Mental hospitals Bombay report 1929-33 - 1929-1933
Year: 1929
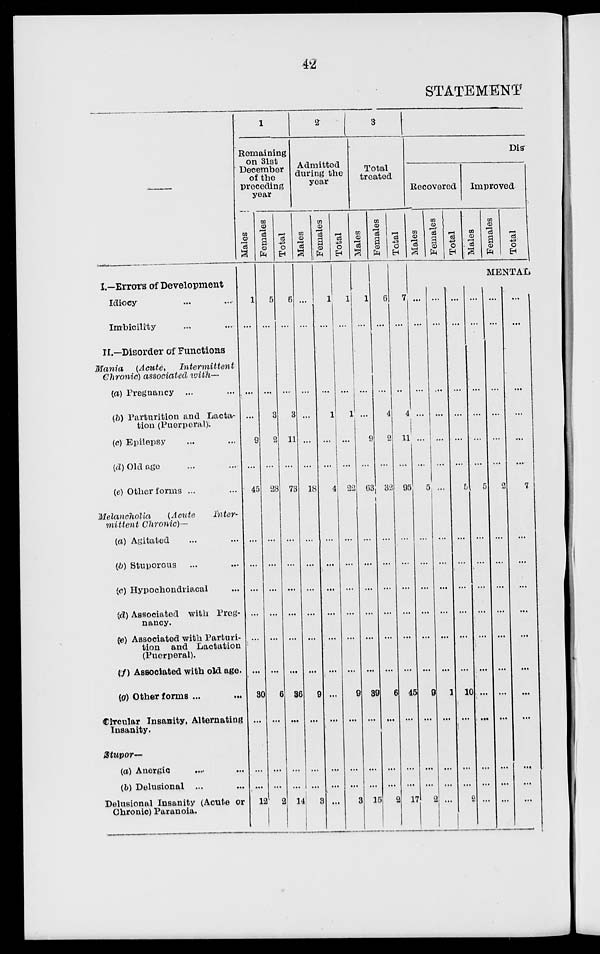
42
STATEMENT
—
1.—Errors of Development
Idiocy ... ...
Imbicility ... ...
II.—Disorder of Functions
Mania
(Acute,
Intermittent
Chronic) associated with—
(a) Pregnancy ... ...
(b) Parturition and Lacta-
tion (Puerperal).
(c) Epilepsy ... ...
(d) Old age ... ...
(e) Other forms ... ...
Melancholia
(Acute
Inter-
mittent
Chronic)—
(a) Agitated ... ...
(b) Stuporous ... ...
(c) Hypochondriacal ...
(d) Associated with Preg-
nancy.
(e) Associated with Parturi-
tion and Lactation
(Puerperal).
(f) Associated with old age.
(g) Other forms ... ...
Circular Insanity, Alternating
Insanity.
Stupor—
(a) Anergic ... ...
(b) Delusional ... ...
Delusional Insanity (Acute or
Chronic) Paranoia.
1
Remaining
on 31st
December
of the
preceding
year
Males
1
...
...
...
9
...
45
...
...
...
...
...
...
30
...
...
...
12
Females
5
...
...
3
2
...
28
...
...
...
...
...
...
6
...
...
...
2
Total
6
...
...
3
11
...
73
...
...
...
...
...
...
36
...
...
...
14
2
Admitted
during the
year
Males
...
...
...
...
...
...
18
...
...
...
...
...
...
9
...
...
...
3
Females
1
...
...
1
...
...
4
...
...
...
...
...
...
...
...
...
...
...
Total
1
...
...
1
...
...
22
...
...
...
...
...
...
9
...
...
...
3
3
Total
treated
Males
1
...
...
...
9
...
63
...
...
...
...
...
...
39
...
...
...
15
Females
6
...
...
4
2
...
32
...
...
...
...
...
...
6
...
...
...
2
Total
7
...
...
4
11
...
95
...
...
...
...
...
...
45
...
...
...
17
Bis
Recovered
Males
Females
Total
Improved
Males
Females
Total
MENTAL
...
...
...
...
...
...
5
...
...
...
...
...
...
9
...
...
...
2
...
...
...
...
...
...
...
...
...
...
...
...
...
1
...
...
...
...
...
...
...
...
...
...
5
...
...
...
...
...
...
10
...
...
...
2
...
...
...
...
...
...
5
...
...
...
...
...
...
...
...
...
...
...
...
...
...
...
...
...
2
...
...
...
...
...
...
...
...
...
...
...
...
...
...
...
...
...
7
...
...
...
...
...
...
...
...
...
...
...